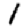
Digit: 1